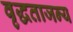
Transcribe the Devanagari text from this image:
वृद्धताजन्य